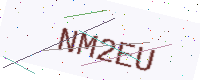
Text: NM2EU